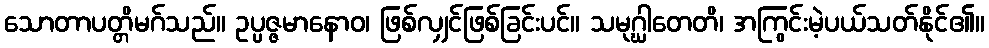
သောတာပတ္တိမဂ်သည်။ ဥပ္ပဇ္ဇမာနောဝ၊ ဖြစ်လျှင်ဖြစ်ခြင်းပင်။ သမုဂ္ဃါတေတိ၊ အကြွင်းမဲ့ပယ်သတ်နိုင်၏။